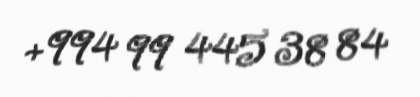
+994 99 445 38 84